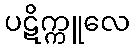
ပဋိက္ကူလေ